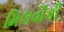
મિલવૌકી